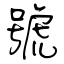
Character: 號